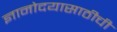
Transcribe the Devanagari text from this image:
ज्ञानोदयासाठीची